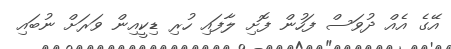
އޭގެ އެއް ދުވަސް ފަހުން ފޮށި ލާފައި ހުރި ޑިކީއިން ވަރަށް ނުބައި